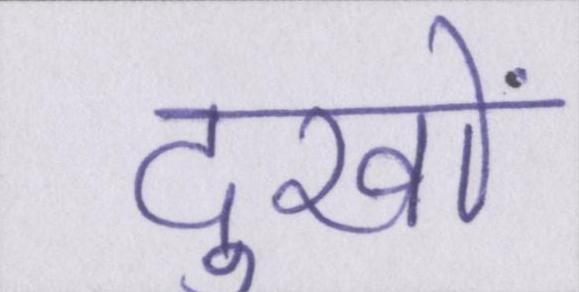
दुखों